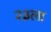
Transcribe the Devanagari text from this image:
२३ला